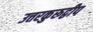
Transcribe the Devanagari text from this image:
उत्तरकुरूद्वीप